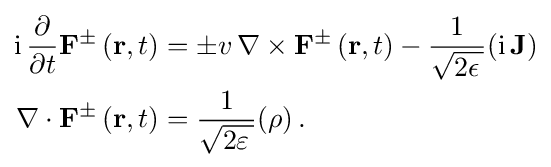
{\begin{aligned}{\rm {i}}\,{\frac {\partial }{\partial t}}{\mathbf {F} }^{\pm }\left({\mathbf {r} },t\right)&=\pm v\,{\mathbf {\nabla } }\times {\mathbf {F} }^{\pm }\left({\mathbf {r} },t\right)-{\frac {1}{\sqrt {2\epsilon \,}}}({\rm {i}}\,{\mathbf {J} })\\{\mathbf {\nabla } }\cdot {\mathbf {F} }^{\pm }\left({\mathbf {r} },t\right)&={\frac {1}{\sqrt {2\varepsilon \,}}}(\rho )\,.\end{aligned}}